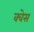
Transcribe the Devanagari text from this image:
क्वेस